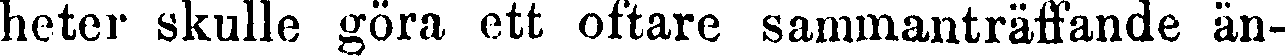
heter skulle göra ett oftare sammanträffande än-